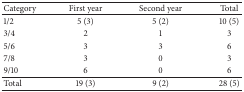
| Category | First year | Second year | Total |
 | --- | --- | --- | --- |
 | 1/2 | 5 (3) | 5 (2) | 10 (5) |
 | 3/4 | 2 | 1 | 3 |
 | 5/6 | 3 | 3 | 6 |
 | 7/8 | 3 | 0 | 3 |
 | 9/10 | 6 | 0 | 6 |
 | Total | 19 (3) | 9 (2) | 28 (5) |